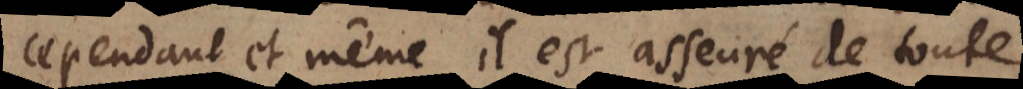
cependant et même il est asseuré de toute